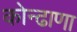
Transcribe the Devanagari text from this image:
कोन्ढाणा